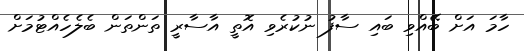
ހާމަ އަށް ބޭއްވި ބައި ސާފު ނުކުރެވި އޮތީ އާސާރީ ތަންތަން ބެލެހެއްޓުމަށް